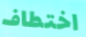
اختطاف